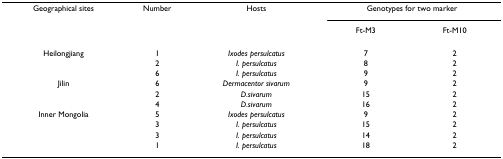
<table><thead><tr><td><b>Geographical sites</b></td><td><b>Number</b></td><td><b>Hosts</b></td><td colspan="2"><b>Genotypes for two marker</b></td></tr><tr><td></td><td></td><td></td><td><b>Ft-M3</b></td><td><b>Ft-M10</b></td></tr></thead><tbody><tr><td>Heilongjiang</td><td>1</td><td><i>Ixodes persulcatus</i></td><td>7</td><td>2</td></tr><tr><td></td><td>2</td><td><i>I. persulcatus</i></td><td>8</td><td>2</td></tr><tr><td></td><td>6</td><td><i>I. persulcatus</i></td><td>9</td><td>2</td></tr><tr><td>Jilin</td><td>6</td><td><i>Dermacentor sivarum</i></td><td>9</td><td>2</td></tr><tr><td></td><td>2</td><td><i>D.sivarum</i></td><td>15</td><td>2</td></tr><tr><td></td><td>4</td><td><i>D.sivarum</i></td><td>16</td><td>2</td></tr><tr><td>Inner Mongolia</td><td>5</td><td><i>Ixodes persulcatus</i></td><td>9</td><td>2</td></tr><tr><td></td><td>3</td><td><i>I. persulcatus</i></td><td>15</td><td>2</td></tr><tr><td></td><td>3</td><td><i>I. persulcatus</i></td><td>14</td><td>2</td></tr><tr><td></td><td>1</td><td><i>I. persulcatus</i></td><td>18</td><td>2</td></tr></tbody></table>